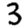
Digit: 3